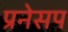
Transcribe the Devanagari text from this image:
प्रनेसप